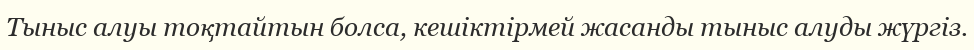
Тыныс алуы тоқтайтын болса, кешіктірмей жасанды тыныс алуды жүргіз.